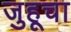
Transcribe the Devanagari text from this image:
जुहूचा